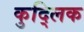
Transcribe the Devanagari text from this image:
कुद्लिक